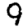
Digit: 9